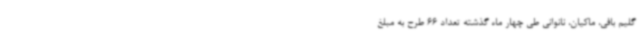
گلیم بافی، ماکیان، نانوانی طی چهار ماه گذشته تعداد 66 طرح به مبلغ